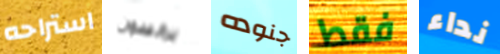
استراحه برانسون جنوده فقط نداء